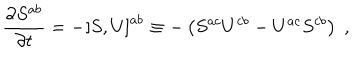
\frac { \partial S ^ { a b } } { \partial t } = - \left[ S , U \right] ^ { a b } \equiv - \left( S ^ { a c } U ^ { c b } - U ^ { a c } S ^ { c b } \right) \; ,